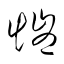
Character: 愷